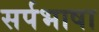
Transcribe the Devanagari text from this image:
सर्पभाषा